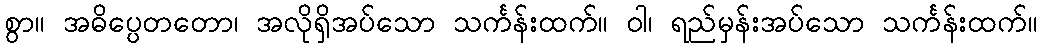
စွာ။ အဓိပ္ပေတတော၊ အလိုရှိအပ်သော သင်္ကန်းထက်။ ဝါ၊ ရည်မှန်းအပ်သော သင်္ကန်းထက်။